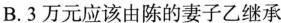
B. 3万元应该由陈的妻子乙继承